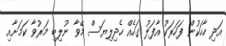
އަދި ހާހަކުން ފަހަރަކު އާފަލު ގަހެއް ހެދިލިޔަސް މޭވާ ނުލިބި މަރުވާ ކަމަށާއި